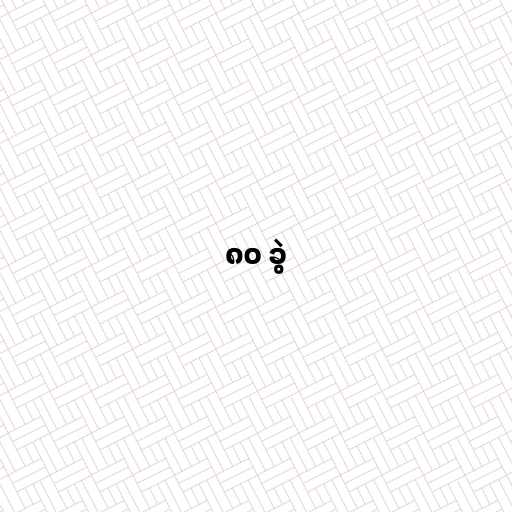
၈၀ ခွဲ